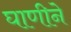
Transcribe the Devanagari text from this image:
घाणीने